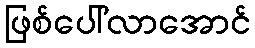
ဖြစ်ပေါ်လာအောင်